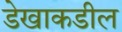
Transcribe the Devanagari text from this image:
डेखाकडील